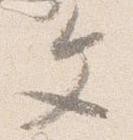
文